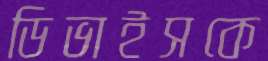
ডিভাইসকে